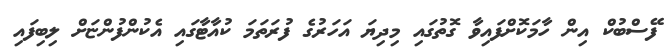
ފޭސްބުކް އިން ހާމަކޮށްފައިވާ ގޮތުގައި މިދިޔަ އަހަރުގެ ފުރަތަމަ ކުއާޓާގައި އެކުންފުންޏަށް ލިބިފައި